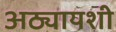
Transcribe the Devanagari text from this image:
अठ्यायशी